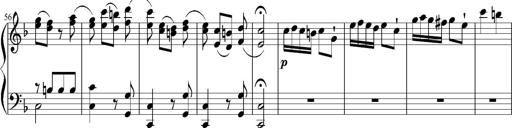
Title: 12 Sonatinas for Piano
Composer: Johann Baptist Vanhal